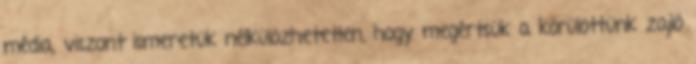
média, viszont ismeretük nélkülözhetetlen, hogy megértsük a körülöttünk zajló